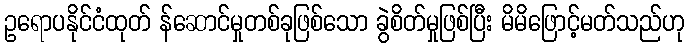
ဥရောပနိုင်ငံထုတ် န်ဆောင်မှုတစ်ခုဖြစ်သော ခွဲစိတ်မှုဖြစ်ပြီး မိမိဖြောင့်မတ်သည်ဟု